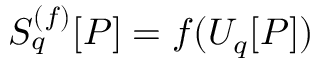
S _ { q } ^ { ( f ) } [ P ] = f ( U _ { q } [ P ] )